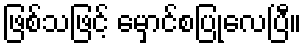
ဖြစ်သဖြင့် မှောင်စပြုလေပြီ။